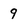
Character: 9